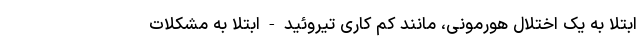
ابتلا به یک اختلال هورمونی، مانند کم کاری تیروئید - ابتلا به مشکلات